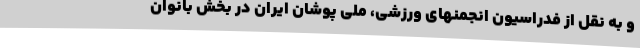
و به نقل از فدراسیون انجمنهای ورزشی، ملی پوشان ایران در بخش بانوان